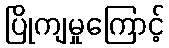
ပြိုကျမှုကြောင့်